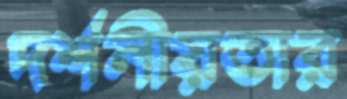
দর্শনীয়তার